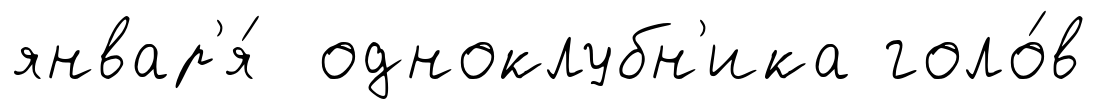
январ'я́ одноклубн'ика голо́в